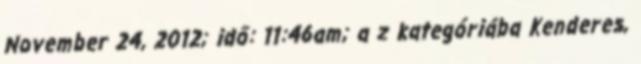
November 24, 2012; idő: 11:46am; a z kategóriába Kenderes,